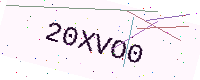
Text: 20XVO0